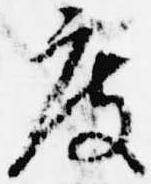
度